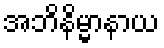
အဘိနိမ္မာနာယ